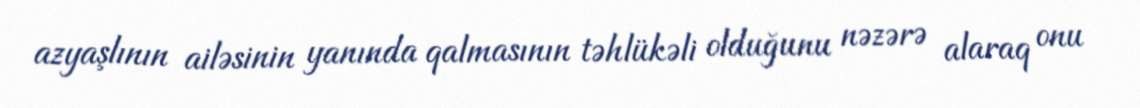
azyaşlının ailəsinin yanında qalmasının təhlükəli olduğunu nəzərə alaraq onu